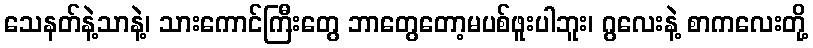
သေနတ်နဲ့သာနဲ့၊ သားကောင်ကြီးတွေ ဘာတွေတော့မပစ်ဖူးပါဘူး၊ ဂွလေးနဲ့ စာကလေးတို့